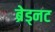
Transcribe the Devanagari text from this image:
ब्रेड्नट